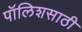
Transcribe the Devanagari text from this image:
पॉलिशसाठी